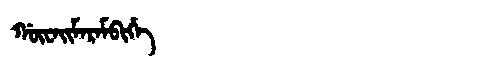
Manchu: ᡤᡡᠸᠠᡳᠮᠠᡵᠠᠮᠪᡳᡥᡝ
Romanization: GŪWAIMARAMBIHE